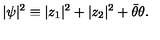
| \psi | ^ { 2 } \equiv | z _ { 1 } | ^ { 2 } + | z _ { 2 } | ^ { 2 } + \bar { \theta } \theta .